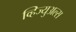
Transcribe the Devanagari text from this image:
व्हिज्युअल्स